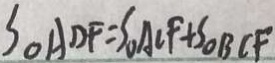
S _ { \Delta } A D F = S _ { \Delta } A C F + S _ { \Delta } B C F